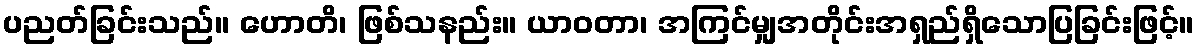
ပညတ်ခြင်းသည်။ ဟောတိ၊ ဖြစ်သနည်း။ ယာဝတာ၊ အကြင်မျှအတိုင်းအရှည်ရှိသောပြခြင်းဖြင့်။